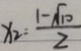
x _ { 2 } = \frac { 1 - \sqrt { 1 0 } } { 2 }